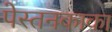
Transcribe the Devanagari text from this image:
पेस्तनकाका